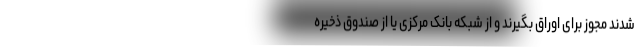
شدند مجوز برای اوراق بگیرند و از شبکه بانک مرکزی یا از صندوق ذخیره